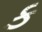
ક